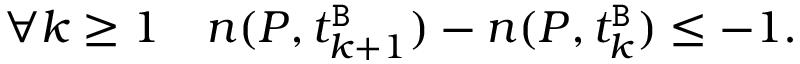
\forall k \geq 1 \quad n ( P , t _ { k + 1 } ^ { \mathtt { B } } ) - n ( P , t _ { k } ^ { \mathtt { B } } ) \leq - 1 .